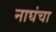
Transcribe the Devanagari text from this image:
नाघंचा